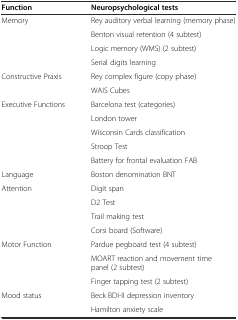
<table><thead><tr><td><b>Function</b></td><td><b>Neuropsychological tests</b></td></tr></thead><tbody><tr><td rowspan="4">Memory</td><td>Rey auditory verbal learning (memory phase)</td></tr><tr><td>Benton visual retention (4 subtest)</td></tr><tr><td>Logic memory (WMS) (2 subtest)</td></tr><tr><td>Serial digits learning</td></tr><tr><td rowspan="2">Constructive Praxis</td><td>Rey complex figure (copy phase)</td></tr><tr><td>WAIS Cubes</td></tr><tr><td rowspan="5">Executive Functions</td><td>Barcelona test (categories)</td></tr><tr><td>London tower</td></tr><tr><td>Wisconsin Cards classification</td></tr><tr><td>Stroop Test</td></tr><tr><td>Battery for frontal evaluation FAB</td></tr><tr><td>Language</td><td>Boston denomination BNT</td></tr><tr><td rowspan="4">Attention</td><td>Digit span</td></tr><tr><td>D2 Test</td></tr><tr><td>Trail making test</td></tr><tr><td>Corsi board (Software)</td></tr><tr><td rowspan="3">Motor Function</td><td>Pardue pegboard test (4 subtest)</td></tr><tr><td>MOART reaction and movement time panel (2 subtest)</td></tr><tr><td>Finger tapping test (2 subtest)</td></tr><tr><td rowspan="2">Mood status</td><td>Beck BDI-II depression inventory</td></tr><tr><td>Hamilton anxiety scale</td></tr></tbody></table>